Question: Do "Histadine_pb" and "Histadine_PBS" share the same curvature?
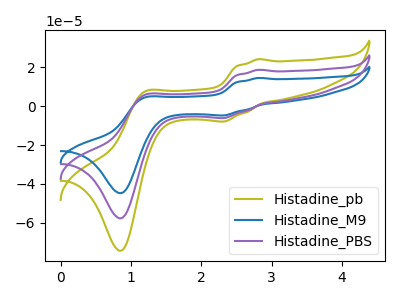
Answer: <think>The olive curve "Histadine_pb" has anodic peaks at (2.80V, 24.25uA) (1.20V, 7.55uA) and cathodic peaks at (2.30V, -7.90uA) (0.85V, -74.55uA). The blue curve "Histadine_M9" has anodic peaks at (2.80V, 37.65uA) (1.20V, 11.70uA) and cathodic peaks at (2.30V, -12.20uA) (0.85V, -115.60uA). The purple curve "Histadine_PBS" has anodic peaks at (2.80V, 18.80uA) (1.20V, 5.85uA) and cathodic peaks at (2.30V, -6.10uA) (0.85V, -57.80uA).
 All the peaks in "Histadine_pb" have a peak in "Histadine_PBS" at the same potential. Every peak in "Histadine_pb" is higher than every peak in "Histadine_PBS".</think>
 <answer>"Histadine_pb" and "Histadine_PBS" are similar in shape.</answer>
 <eval>same_shape</eval>